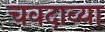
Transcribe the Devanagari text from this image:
चवदाव्या